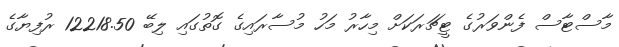
މާސްޓާސް ފެންވަރުގެ ޓީޗަރަކަށް މިހާރު މަހު މުސާރައިގެ ގޮތުގައި ލިބޭ 12218.50 ރުފިޔާގެ